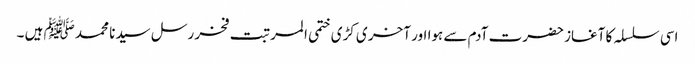
اسی سلسلہ کا آغاز حضرت آدم سے ہوا اور آخر ی کڑی ختمی المرتبت فخر رسل سیدنا محمد ﷺ ہیں ۔